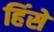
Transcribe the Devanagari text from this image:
हिंसे